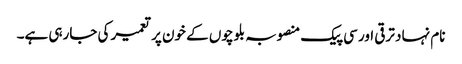
نام نہاد ترقی اور سی پیک منصوبہ بلوچوں کے خون پر تعمیر کی جارہی ہے۔